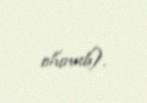
olunub).